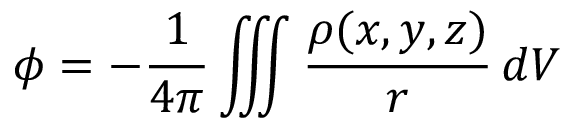
\phi = - { \frac { 1 } { 4 \pi } } \iiint { \frac { \rho ( x , y , z ) } { r } } \, d V